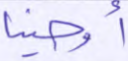
أوحينا